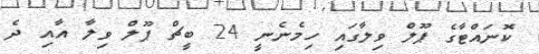
ކޮނައްޓާގެ ޕޫލް ވިލާގައި ހިމެނެނީ 24 ބީޗް ޕޫލް ވިލާ އާއި ދެ